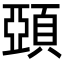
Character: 𩓩